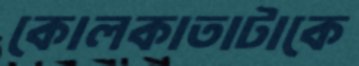
কোলকাতাটাকে